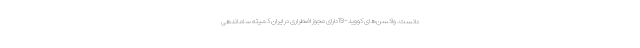
دانست. واکسن‌های کووید-19دارای مجوز اضطراری در ایران کمیته ساماندهی